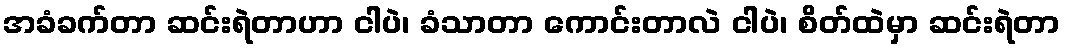
အခံခက်တာ ဆင်းရဲတာဟာ ငါပဲ၊ ခံသာတာ ကောင်းတာလဲ ငါပဲ၊ စိတ်ထဲမှာ ဆင်းရဲတာ